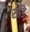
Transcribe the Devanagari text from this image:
साँडे